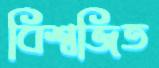
বিশ্বজিত